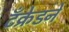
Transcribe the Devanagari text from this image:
टँक्रेडने